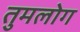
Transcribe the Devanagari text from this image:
तुमलोग